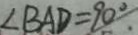
\angle B A D = 9 0 ^ { \circ } .